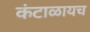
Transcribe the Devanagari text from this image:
कंटाळायच